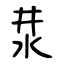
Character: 汬